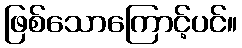
ဖြစ်သောကြောင့်ပင်။